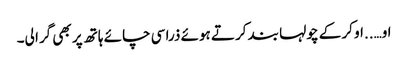
او…..او کر کے چولہا بند کرتے ہوئے ذرا سی چائے ہاتھ پر بھی گرا لی۔